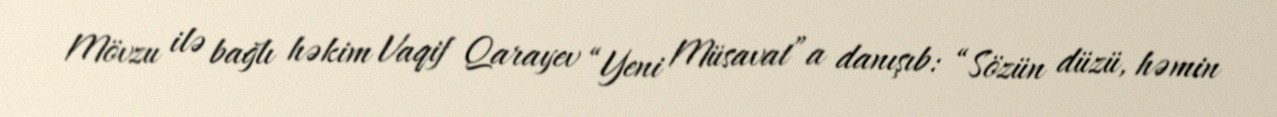
Mövzu ilə bağlı həkim Vaqif Qarayev “Yeni Müsavat”a danışıb: “Sözün düzü, həmin